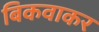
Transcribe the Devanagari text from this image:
बिकवाकर